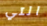
التي